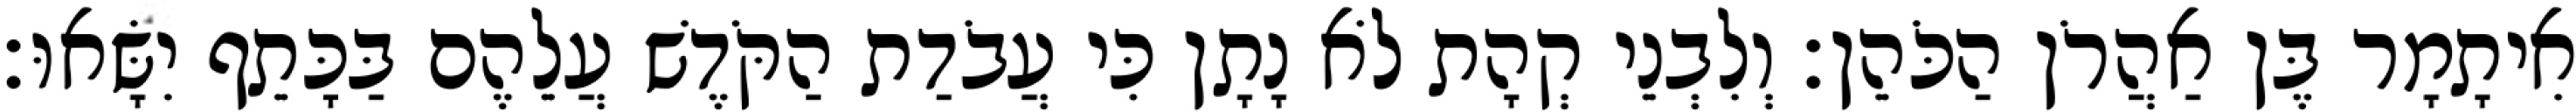
אִיתָמָר בֶּן אַהֲרֹן הַכֹּהֵן׃ וְלִבְנֵי קְהָת לֹא נָתָן כִּי עֲבֹדַת הַקֹּדֶשׁ עֲלֵהֶם בַּכָּתֵף יִשָּׂאוּ׃